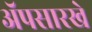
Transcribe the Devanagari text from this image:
ॲपसारखे